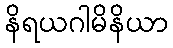
နိရယဂါမိနိယာ